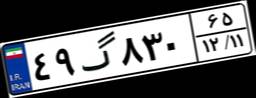
۴۹گ۸۳۰۶۵